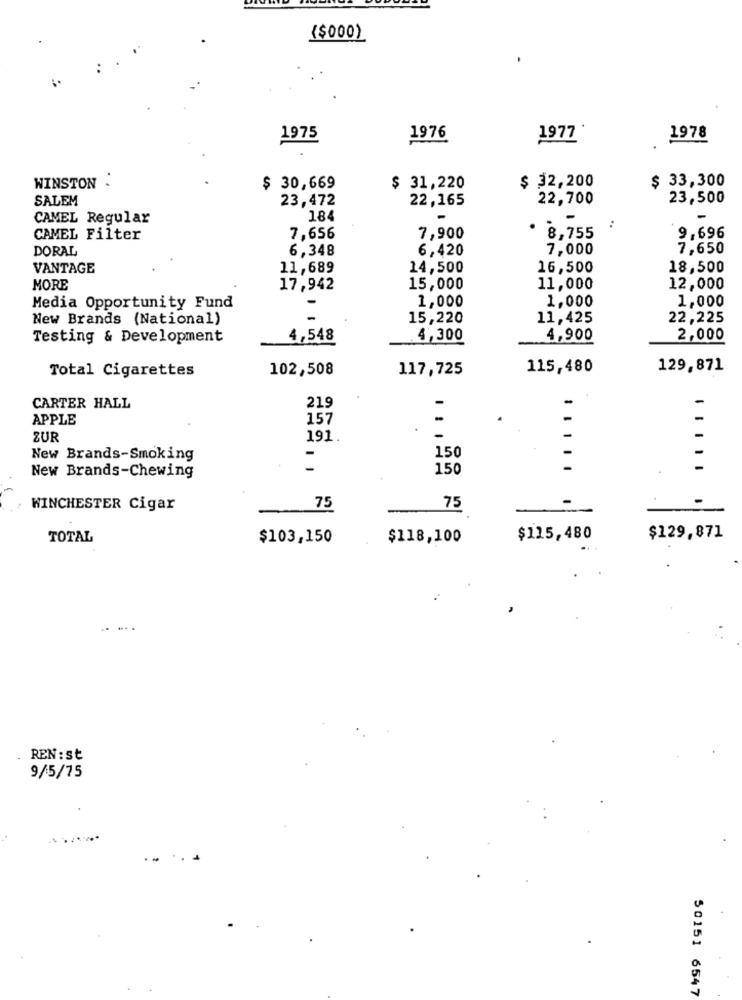
($000)
1975
1976
1977*
1978
$ 33,300
WINSTON .
$ 30,669
$ 31,220
$ 32,200
SALEM
23,472
22,165
22,700
23,500
CAMEL Regular
184
:
CAMEL Filter
7,656
7,900
8,755
9,696
DORAL
6,348
6,420
7,000
7,650
VANTAGE
11,689
14,500
16,500
18,500
MORE
17,942
15,000
11,000
12,000
1,000
1,000
1,000
Media Opportunity Fund
New Brands (National)
-
15,220
11,425
22,225
Testing & Development
4,548
4,300
4,900
2,000
Total Cigarettes
102,508
117,725
115,480
129,871
219
CARTER HALL
APPLE
157
ZUR
191.
150
New Brands-Smoking
150
New Brands-Chewing
WINCHESTER Cigar
75
75
TOTAL
$103,150
$118,100
$115,480
$129,871
REN : st
9/5/75
50151 6547